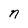
Character: n